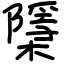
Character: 檃